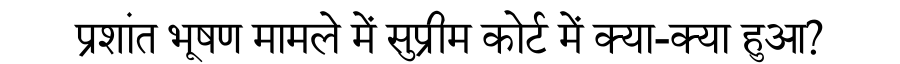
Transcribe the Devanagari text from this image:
प्रशांत भूषण मामले में सुप्रीम कोर्ट में क्या-क्या हुआ?